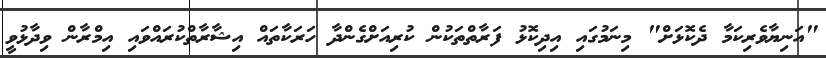
"އަނިޔާވެރިކަމާ ދެކޮޅަށް" މިނަމުގައި އިދިކޮޅު ފަރާތްތަކުން ކުރިއަށްގެންދާ ހަރަކާތައް އިޝާރާތްކުރައްވައި އިމްރާން ވިދާޅުވީ